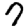
Digit: 7